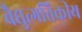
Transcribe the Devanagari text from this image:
वैद्युत्गतिकीय